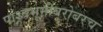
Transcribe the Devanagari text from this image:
पाश्र्वभूमीबरोबरच